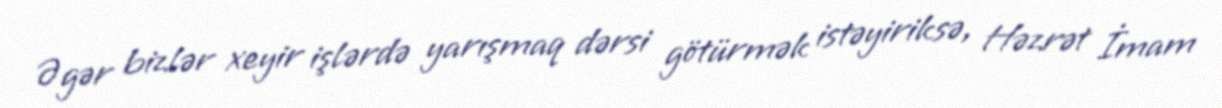
Əgər bizlər xeyir işlərdə yarışmaq dərsi götürmək istəyiriksə, Həzrət İmam